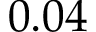
0 . 0 4